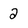
Character: 2